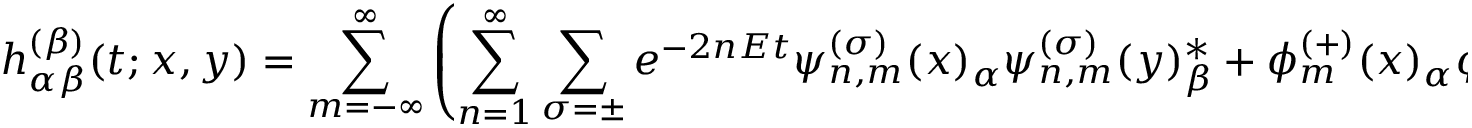
h _ { \alpha \beta } ^ { ( \beta ) } ( t ; x , y ) = \sum _ { m = - \infty } ^ { \infty } \left( \sum _ { n = 1 } ^ { \infty } \sum _ { \sigma = \pm } e ^ { - 2 n E t } { \psi _ { n , m } ^ { ( \sigma ) } ( x ) _ { \alpha } { \psi } _ { n , m } ^ { ( \sigma ) } ( y ) _ { \beta } ^ { * } } + \phi _ { m } ^ { ( + ) } ( x ) _ { \alpha } \phi _ { m } ^ { ( + ) } ( y ) _ { \beta } ^ { * } \right)